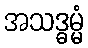
အသဒ္ဓမ္မံ